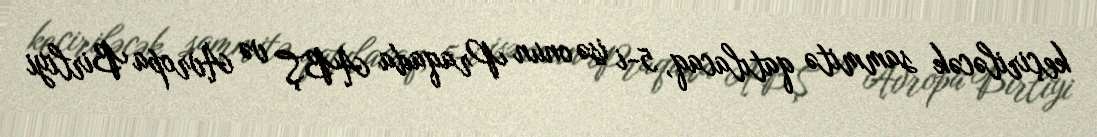
keçiriləcək sammitə qatılacaq, 5-i isə onun Praqada ABŞ və Avropa Birliyi